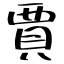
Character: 賈